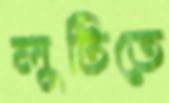
লুটিতে